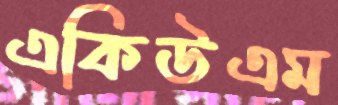
একিউএম